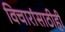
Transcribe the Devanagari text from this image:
विचारांसाठीही